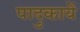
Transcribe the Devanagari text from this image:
पादुकायें